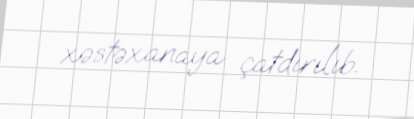
xəstəxanaya çatdırılıb.